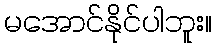
မအောင်နိုင်ပါဘူး။